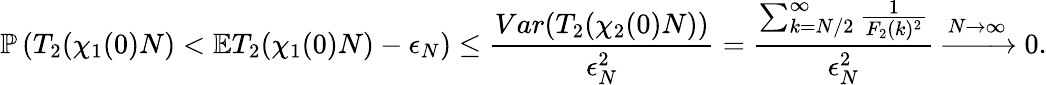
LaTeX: \mathbb{P}\left(T_{2}(\chi_{1}(0)N)<\mathbb{E}T_{2}(\chi_{1}(0)N)-\epsilon_{N}\right)\le\frac{Var(T_{2}(\chi_{2}(0)N))}{\epsilon_{N}^{2}}=\frac{\sum_{k=N/2}^{\infty}\frac{1}{F_{2}(k)^{2}}}{\epsilon_{N}^{2}}\xrightarrow{N\to\infty}0.